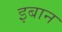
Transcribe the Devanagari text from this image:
इबान